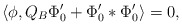
\begin{align*}\langle\phi,Q_B\Phi_0^{\prime}+\Phi_0^{\prime}*\Phi_0^{\prime}\rangle=0, \end{align*}